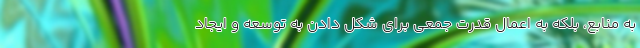
به منابع، بلكه به اِعمال قدرت جمعي براي شكل دادن به توسعه و ايجاد